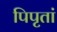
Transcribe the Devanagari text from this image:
पिपृतां